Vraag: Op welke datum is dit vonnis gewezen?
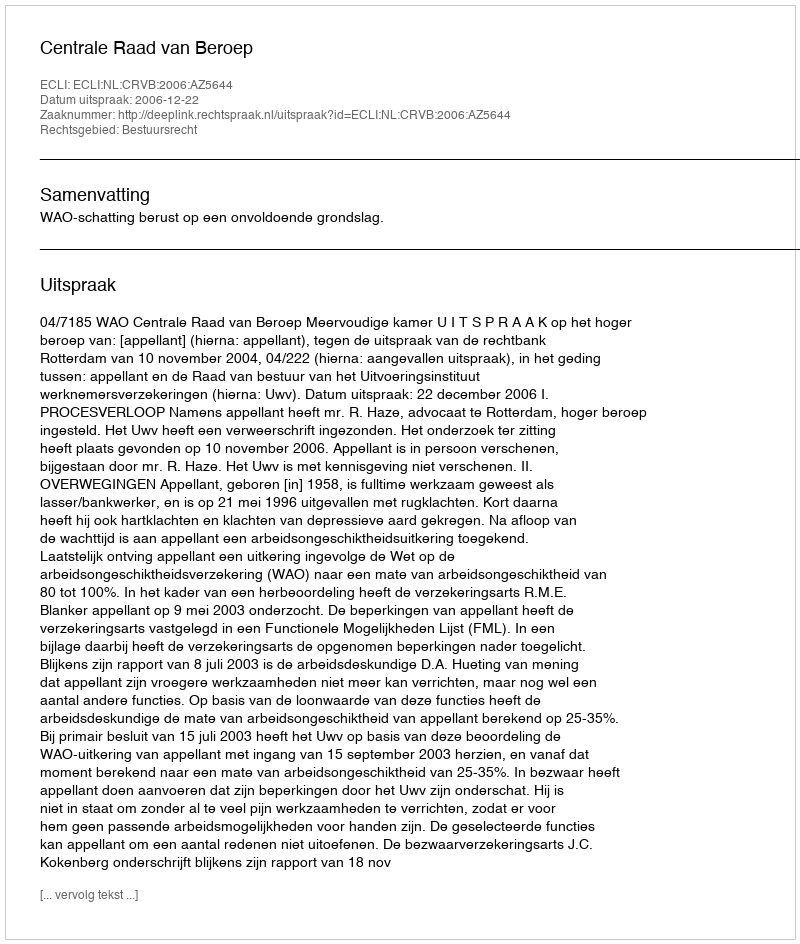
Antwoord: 2006-12-22